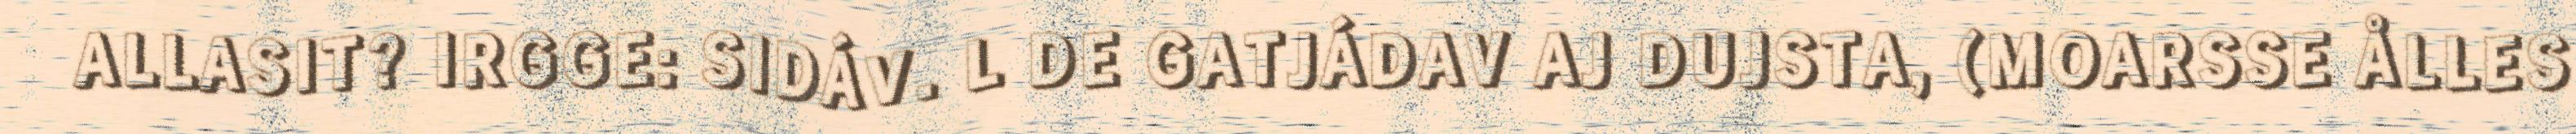
ALLASIT? IRGGE: SIDÁV. L DE GATJÁDAV AJ DUJSTA, (MOARSSE ÅLLES